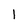
Character: 1